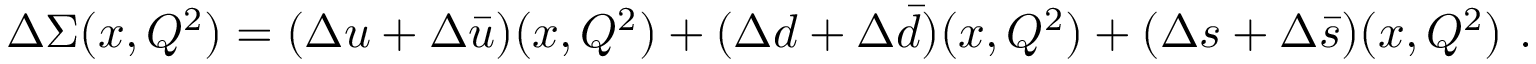
\Delta \Sigma ( x , Q ^ { 2 } ) = ( \Delta u + \Delta \bar { u } ) ( x , Q ^ { 2 } ) + ( \Delta d + \Delta \bar { d } ) ( x , Q ^ { 2 } ) + ( \Delta s + \Delta \bar { s } ) ( x , Q ^ { 2 } ) ~ .